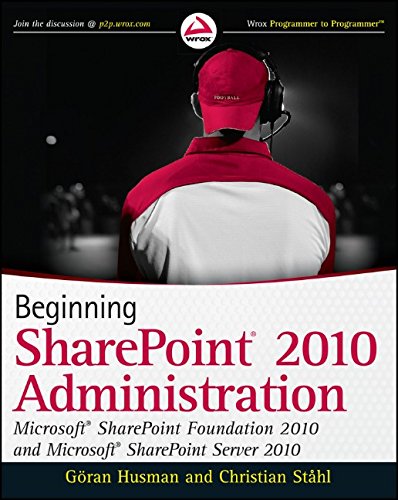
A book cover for Beginning SharePoint 2010 Administration: Microsoft SharePoint Foundation 2010 and Microsoft SharePoint Server 2010; GÃ¶ran Husman; Computers & Technology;